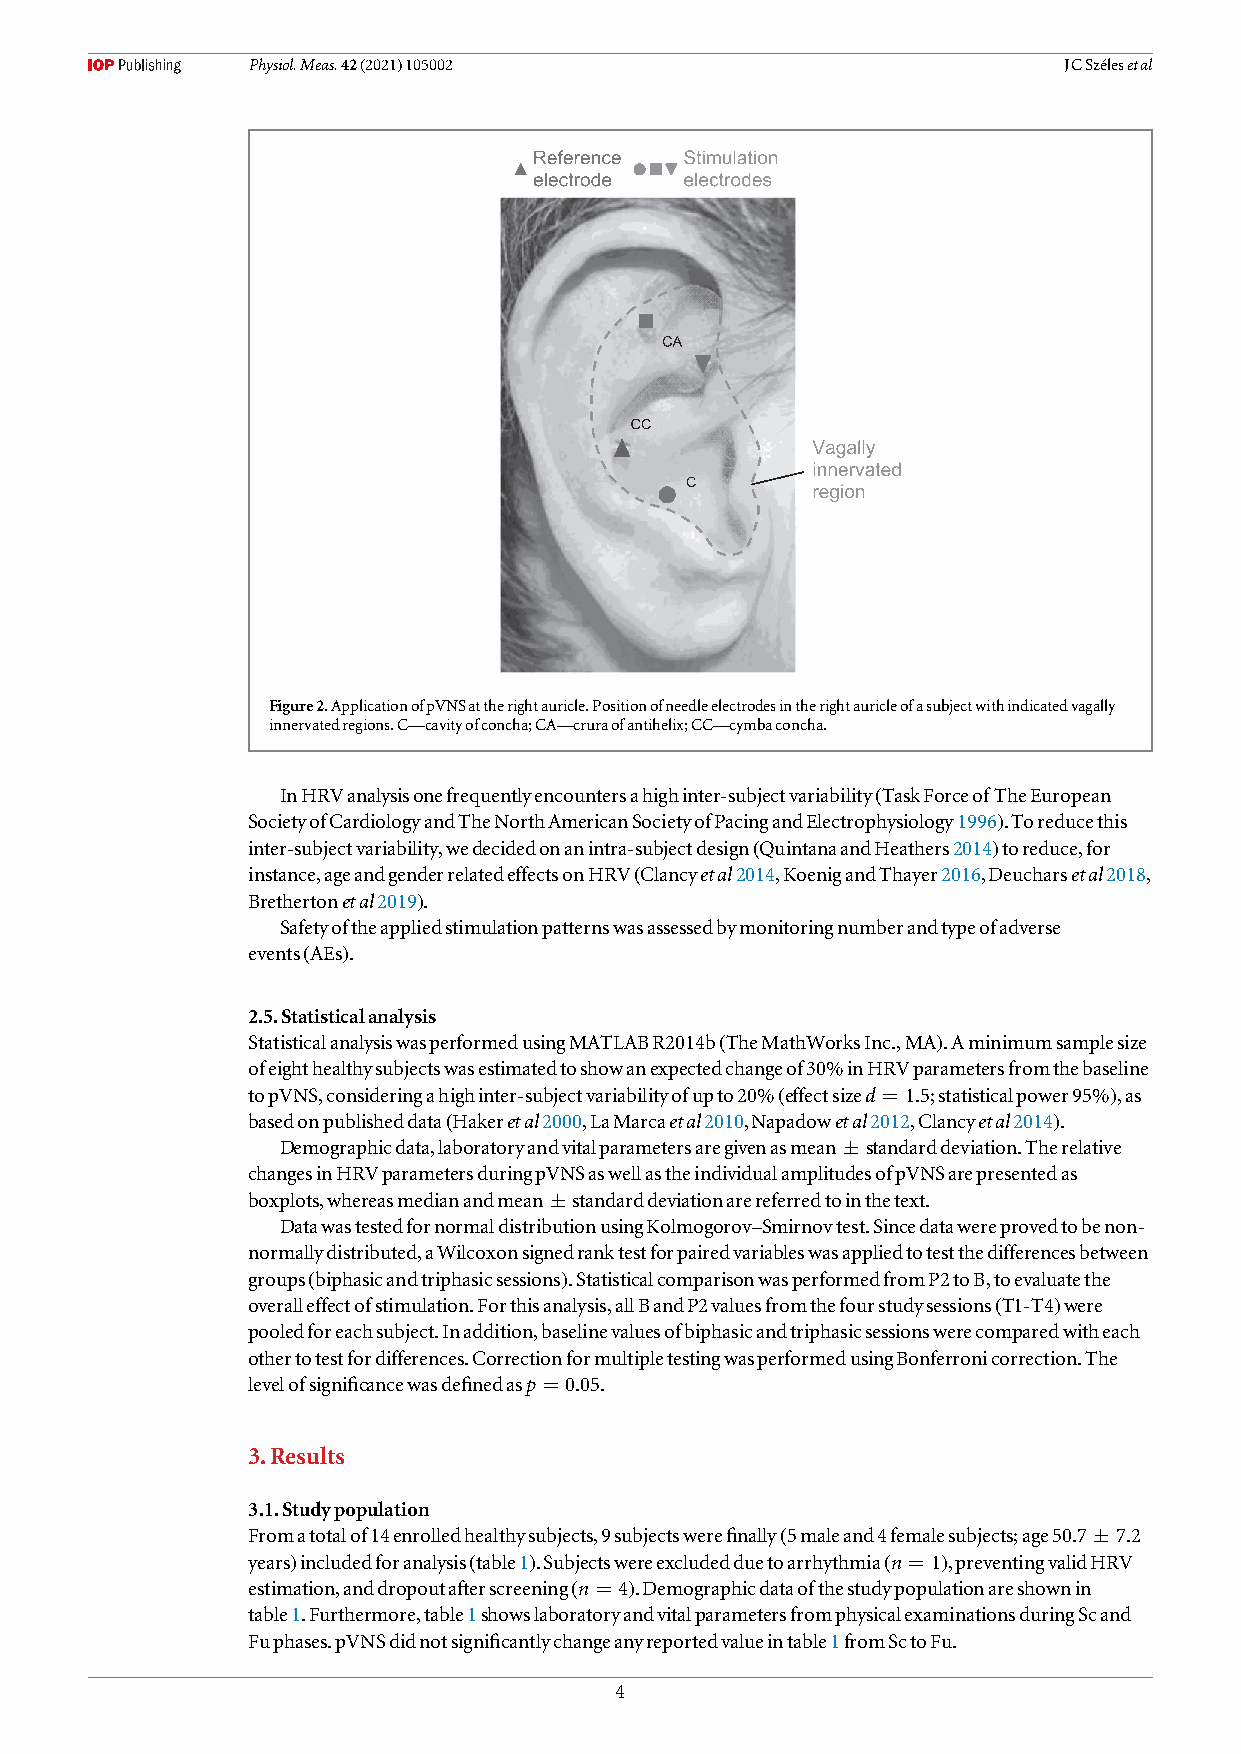
Physiol.Meas.42(2021)105002                           JCSzélesetal
 Figure2.ApplicationofpVNSattherightauricle.Positionofneedleelectrodesintherightauricleofasubjectwithindicatedvagally
 innervatedregions.C—cavityofconcha;CA—cruraofantihelix;CC—cymbaconcha.
 InHRVanalysisonefrequentlyencountersahighinter-subjectvariability(TaskForceofTheEuropean
 SocietyofCardiologyandTheNorthAmericanSocietyofPacingandElectrophysiology1996).Toreducethis
 inter-subjectvariability,wedecidedonanintra-subjectdesign(QuintanaandHeathers2014)toreduce,for
 instance,ageandgenderrelatedeffectsonHRV(Clancyetal2014,KoenigandThayer2016,Deucharsetal2018,
 Brethertonetal2019).
 Safetyoftheappliedstimulationpatternswasassessedbymonitoringnumberandtypeofadverse
 events(AEs).
 2.5.Statisticalanalysis
 StatisticalanalysiswasperformedusingMATLABR2014b(TheMathWorksInc.,MA).Aminimumsamplesize
 ofeighthealthysubjectswasestimatedtoshowanexpectedchangeof30%inHRVparametersfromthebaseline
 topVNS,consideringahighinter-subjectvariabilityofupto20%(effectsized=1.5;statisticalpower95%),as
 basedonpublisheddata(Hakeretal2000,LaMarcaetal2010,Napadowetal2012,Clancyetal2014).
 Demographicdata,laboratoryandvitalparametersaregivenasmean±standarddeviation.Therelative
 changesinHRVparametersduringpVNSaswellastheindividualamplitudesofpVNSarepresentedas
 boxplots,whereasmedianandmean±standarddeviationarereferredtointhetext.
 DatawastestedfornormaldistributionusingKolmogorov–Smirnovtest.Sincedatawereprovedtobenon-
 normallydistributed,aWilcoxonsignedranktestforpairedvariableswasappliedtotestthedifferencesbetween
 groups(biphasicandtriphasicsessions).StatisticalcomparisonwasperformedfromP2toB,toevaluatethe
 overalleffectofstimulation.Forthisanalysis,allBandP2valuesfromthefourstudysessions(T1-T4)were
 pooledforeachsubject.Inaddition,baselinevaluesofbiphasicandtriphasicsessionswerecomparedwitheach
 othertotestfordifferences.CorrectionformultipletestingwasperformedusingBonferronicorrection.The
 levelofsignificancewasdefinedasp=0.05.
 3.Results
 3.1.Studypopulation
 Fromatotalof14enrolledhealthysubjects,9subjectswerefinally(5maleand4femalesubjects;age50.7±7.2
 years)includedforanalysis(table1).Subjectswereexcludedduetoarrhythmia(n=1),preventingvalidHRV
 estimation,anddropoutafterscreening(n=4).Demographicdataofthestudypopulationareshownin
 table1.Furthermore,table1showslaboratoryandvitalparametersfromphysicalexaminationsduringScand
 Fuphases.pVNSdidnotsignificantlychangeanyreportedvalueintable1fromSctoFu.
 4